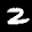
Digit: 2